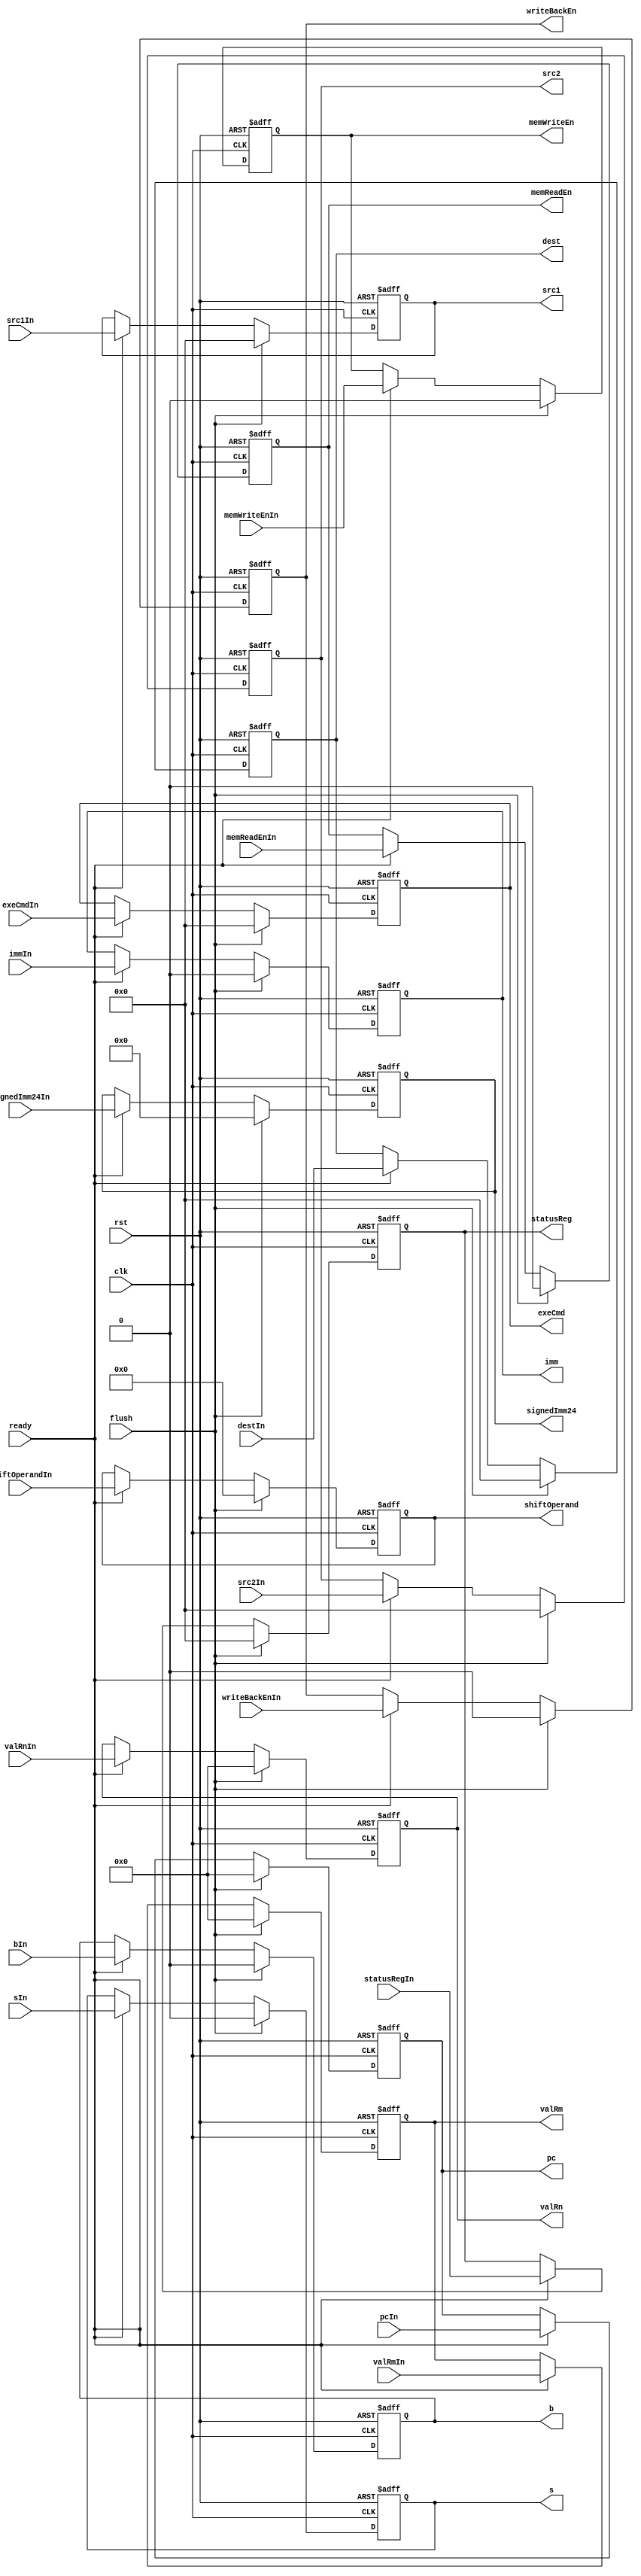
module ID_Stage_Reg(
    input clk, rst, flush, ready,
    input writeBackEnIn, memReadEnIn, memWriteEnIn, bIn, sIn, 
    input[3:0] exeCmdIn, 
    input[31:0] pcIn, valRnIn, valRmIn,
    input immIn,
    input[11:0] shiftOperandIn,
    input[23:0] signedImm24In,
    input[3:0] destIn,
    input[3:0] statusRegIn,
    input[3:0] src1In, src2In,

    output reg writeBackEn, memReadEn, memWriteEn, b, s, 
    output reg[3:0] exeCmd, 
    output reg[31:0] pc, valRn, valRm,
    output reg imm,
    output reg[11:0] shiftOperand,
    output reg[23:0] signedImm24,
    output reg[3:0] dest,
    output reg[3:0] statusReg,
    output reg[3:0] src1, src2
);
    always @(posedge clk or posedge rst) begin
        if(rst) begin
            {writeBackEn, memReadEn, memWriteEn, b, s, imm} <= 6'b0;
            {exeCmd, dest, statusReg} <= 12'b0;
            shiftOperand <= 12'b0;
            signedImm24 <= 24'b0;
            {pc, valRn, valRm} <= 96'b0;
            {src1, src2} <= 8'b0;
        end
        else if(flush) begin
            {writeBackEn, memReadEn, memWriteEn, b, s, imm} <= 6'b0;
            {exeCmd, dest, statusReg} <= 12'b0;
            shiftOperand <= 12'b0;
            signedImm24 <= 24'b0;
            {pc, valRn, valRm} <= 96'b0;
            {src1, src2} <= 8'b0;
        end
        else if(ready) begin
            {writeBackEn, memReadEn, memWriteEn, b, s, imm} <= {writeBackEnIn, memReadEnIn, memWriteEnIn, bIn, sIn, immIn};
            {exeCmd, dest, statusReg} <= {exeCmdIn, destIn, statusRegIn};
            shiftOperand <= shiftOperandIn;
            signedImm24 <= signedImm24In;
            {pc, valRn, valRm} <= {pcIn, valRnIn, valRmIn};
            {src1, src2} <= {src1In, src2In};
        end
    end
endmodule